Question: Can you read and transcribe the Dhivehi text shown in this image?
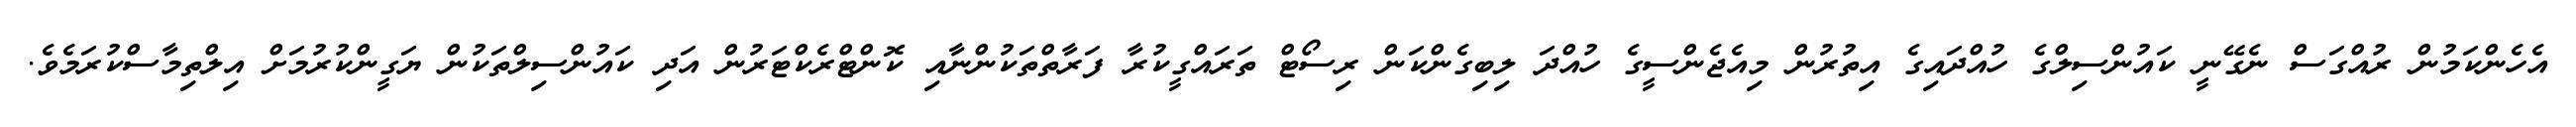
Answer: އެހެންކަމުން ރުއްގަސް ނެގޭނީ ކައުންސިލްގެ ހުއްދައިގެ އިތުރުން މިއެޖެންސީގެ ހުއްދަ ލިބިގެންކަން ރިސޯޓް ތަރައްގީކުރާ ފަރާތްތަކުންނާއި ކޮންޓްރެކްޓަރުން އަދި ކައުންސިލްތަކުން ޔަގީންކުރުމަށް އިލްތިމާސްކުރަމެވެ.